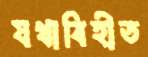
যথাবিহীত